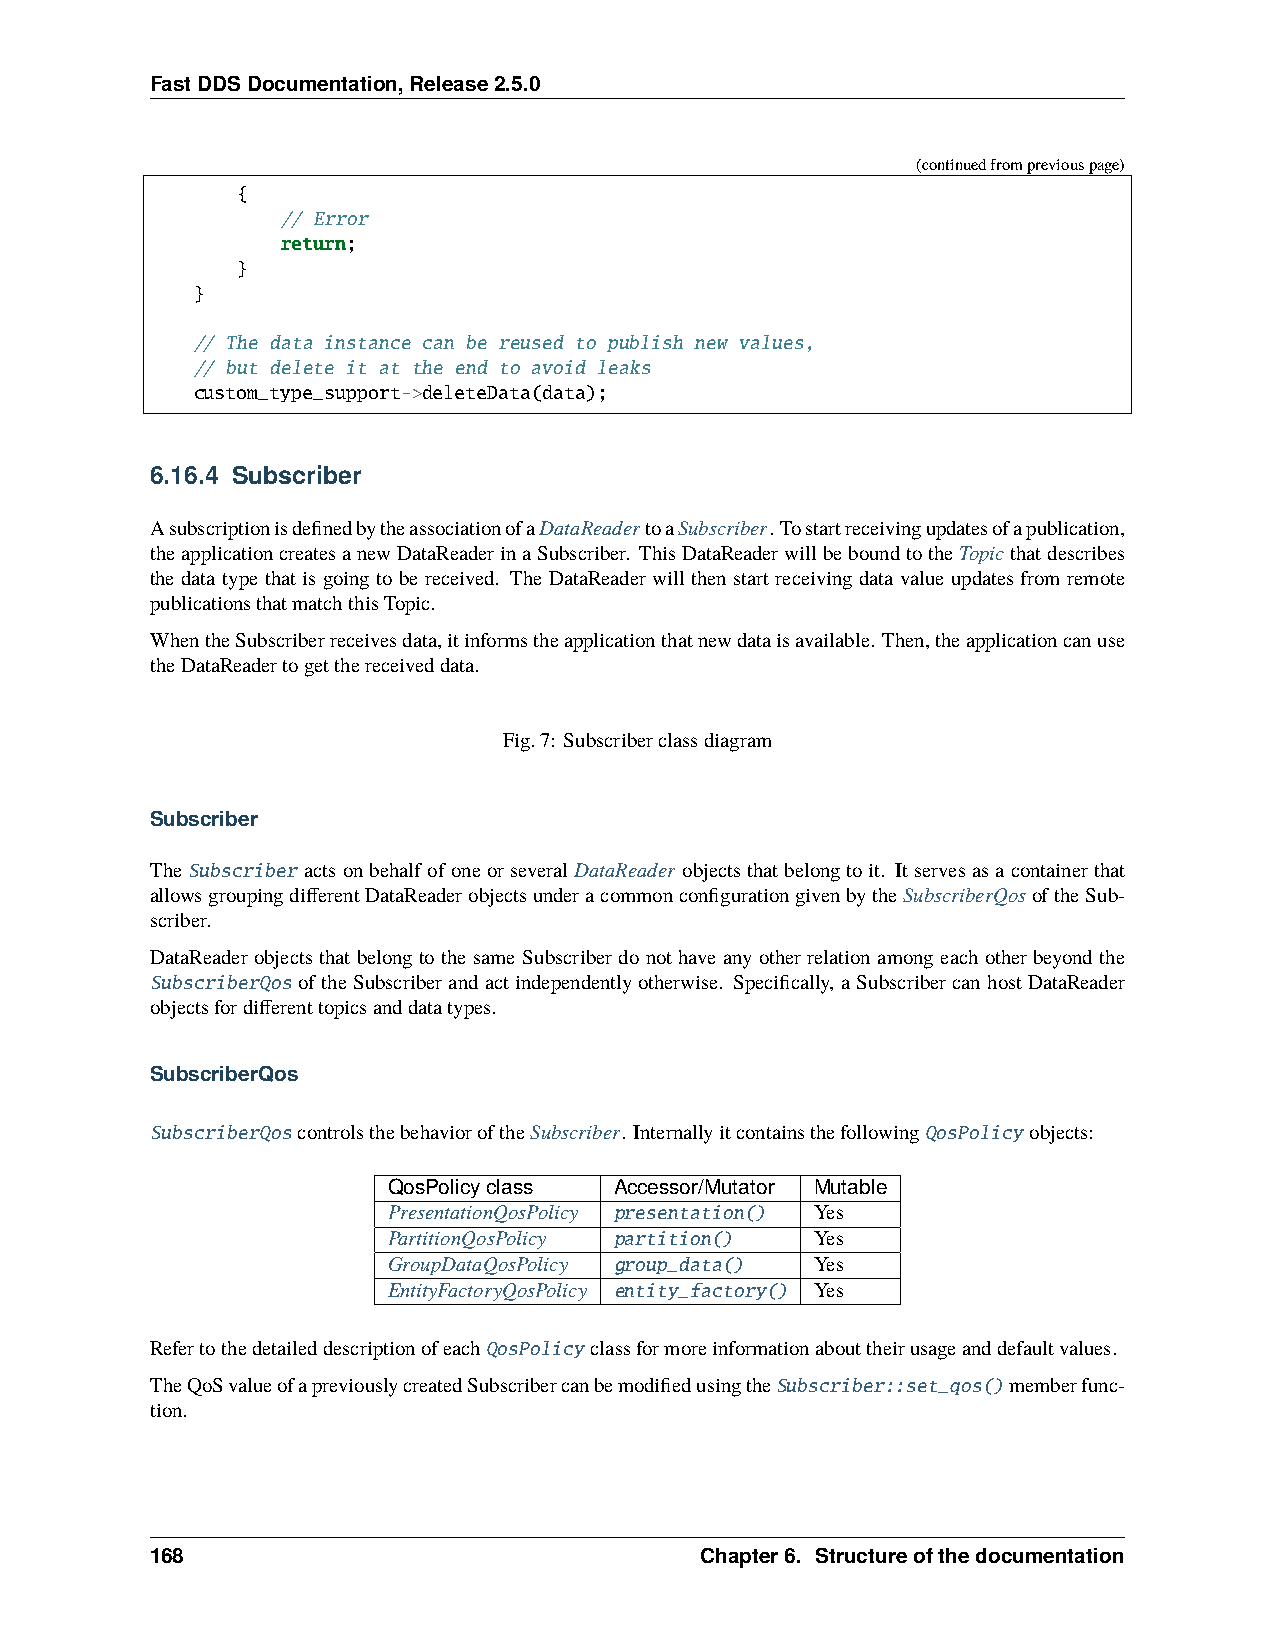
FastDDSDocumentation,Release2.5.0
 (continuedfrompreviouspage)
 {
 // Error
 return;
 }
 }
 // The data instance can be reused to publish new values,
 // but delete it at the end to avoid leaks
 custom_type_support->deleteData(data);
 6.16.4 Subscriber
 AsubscriptionisdefinedbytheassociationofaDataReadertoaSubscriber. Tostartreceivingupdatesofapublication,
 theapplicationcreatesanewDataReaderinaSubscriber. ThisDataReaderwillbeboundtotheTopicthatdescribes
 the data type that is going to be received. The DataReader will then start receiving data value updates from remote
 publicationsthatmatchthisTopic.
 WhentheSubscriberreceivesdata,itinformstheapplicationthatnewdataisavailable. Then,theapplicationcanuse
 theDataReadertogetthereceiveddata.
 Fig.7: Subscriberclassdiagram
 Subscriber
 TheSubscriber actsonbehalfofoneorseveralDataReader objectsthatbelongtoit. Itservesasacontainerthat
 allowsgroupingdifferentDataReaderobjectsunderacommonconfigurationgivenbytheSubscriberQosoftheSub-
 scriber.
 DataReader objects that belong to the same Subscriber do not have any other relation among each other beyond the
 SubscriberQos oftheSubscriberandactindependentlyotherwise. Specifically, aSubscribercanhostDataReader
 objectsfordifferenttopicsanddatatypes.
 SubscriberQos
 SubscriberQoscontrolsthebehavioroftheSubscriber. InternallyitcontainsthefollowingQosPolicy objects:
 QosPolicyclass Accessor/Mutator Mutable
 PresentationQosPolicy presentation() Yes
 PartitionQosPolicy partition() Yes
 GroupDataQosPolicy group_data() Yes
 EntityFactoryQosPolicy entity_factory() Yes
 RefertothedetaileddescriptionofeachQosPolicy classformoreinformationabouttheirusageanddefaultvalues.
 TheQoSvalueofapreviouslycreatedSubscribercanbemodifiedusingtheSubscriber::set_qos()memberfunc-
 tion.
 168                                 Chapter6. Structureofthedocumentation